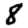
Digit: 8